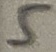
Text: 5